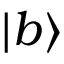
{ \left| { b } \right\rangle }